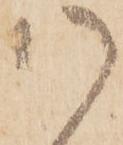
御